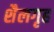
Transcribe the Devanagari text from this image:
शैलगृह